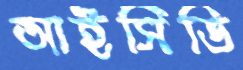
আইসিডি